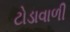
ટોડાવાળી